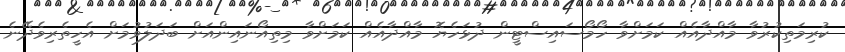
ކުރިމަތިކުރުވާ މާއްދާއެއް ކަމަށްވާ ހޯމޯސައިސްޓީން ދުޅަހެޔޮ މާއްދާއެއް ކަމަށްވާ މިތިއޯނައިންއަށް ބަދަލުވުމަށް އެހީތެރިވެދޭނެ